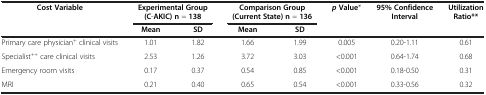
<table><thead><tr><td rowspan="2"><b>Cost Variable</b></td><td colspan="2"><b>Experimental Group (C-AKIC) n = 138</b></td><td colspan="2"><b>Comparison Group (Current State) n = 136</b></td><td rowspan="2"><b><i>p </i>Value*</b></td><td rowspan="2"><b>95% Confidence Interval</b></td><td rowspan="2"><b>Utilization Ratio**</b></td></tr><tr><td><b>Mean</b></td><td><b>SD</b></td><td><b>Mean</b></td><td><b>SD</b></td></tr></thead><tbody><tr><td>Primary care physician<sup>+</sup> clinical visits</td><td>1.01</td><td>1.82</td><td>1.66</td><td>1.99</td><td>0.005</td><td>0.20-1.11</td><td>0.61</td></tr><tr><td>Specialist<sup>++</sup> care clinical visits</td><td>2.53</td><td>1.26</td><td>3.72</td><td>3.03</td><td>&lt;0.001</td><td>0.64-1.74</td><td>0.68</td></tr><tr><td>Emergency room visits</td><td>0.17</td><td>0.37</td><td>0.54</td><td>0.85</td><td>&lt;0.001</td><td>0.18-0.50</td><td>0.31</td></tr><tr><td>MRI</td><td>0.21</td><td>0.40</td><td>0.65</td><td>0.54</td><td>&lt;0.001</td><td>0.33-0.56</td><td>0.32</td></tr></tbody></table>